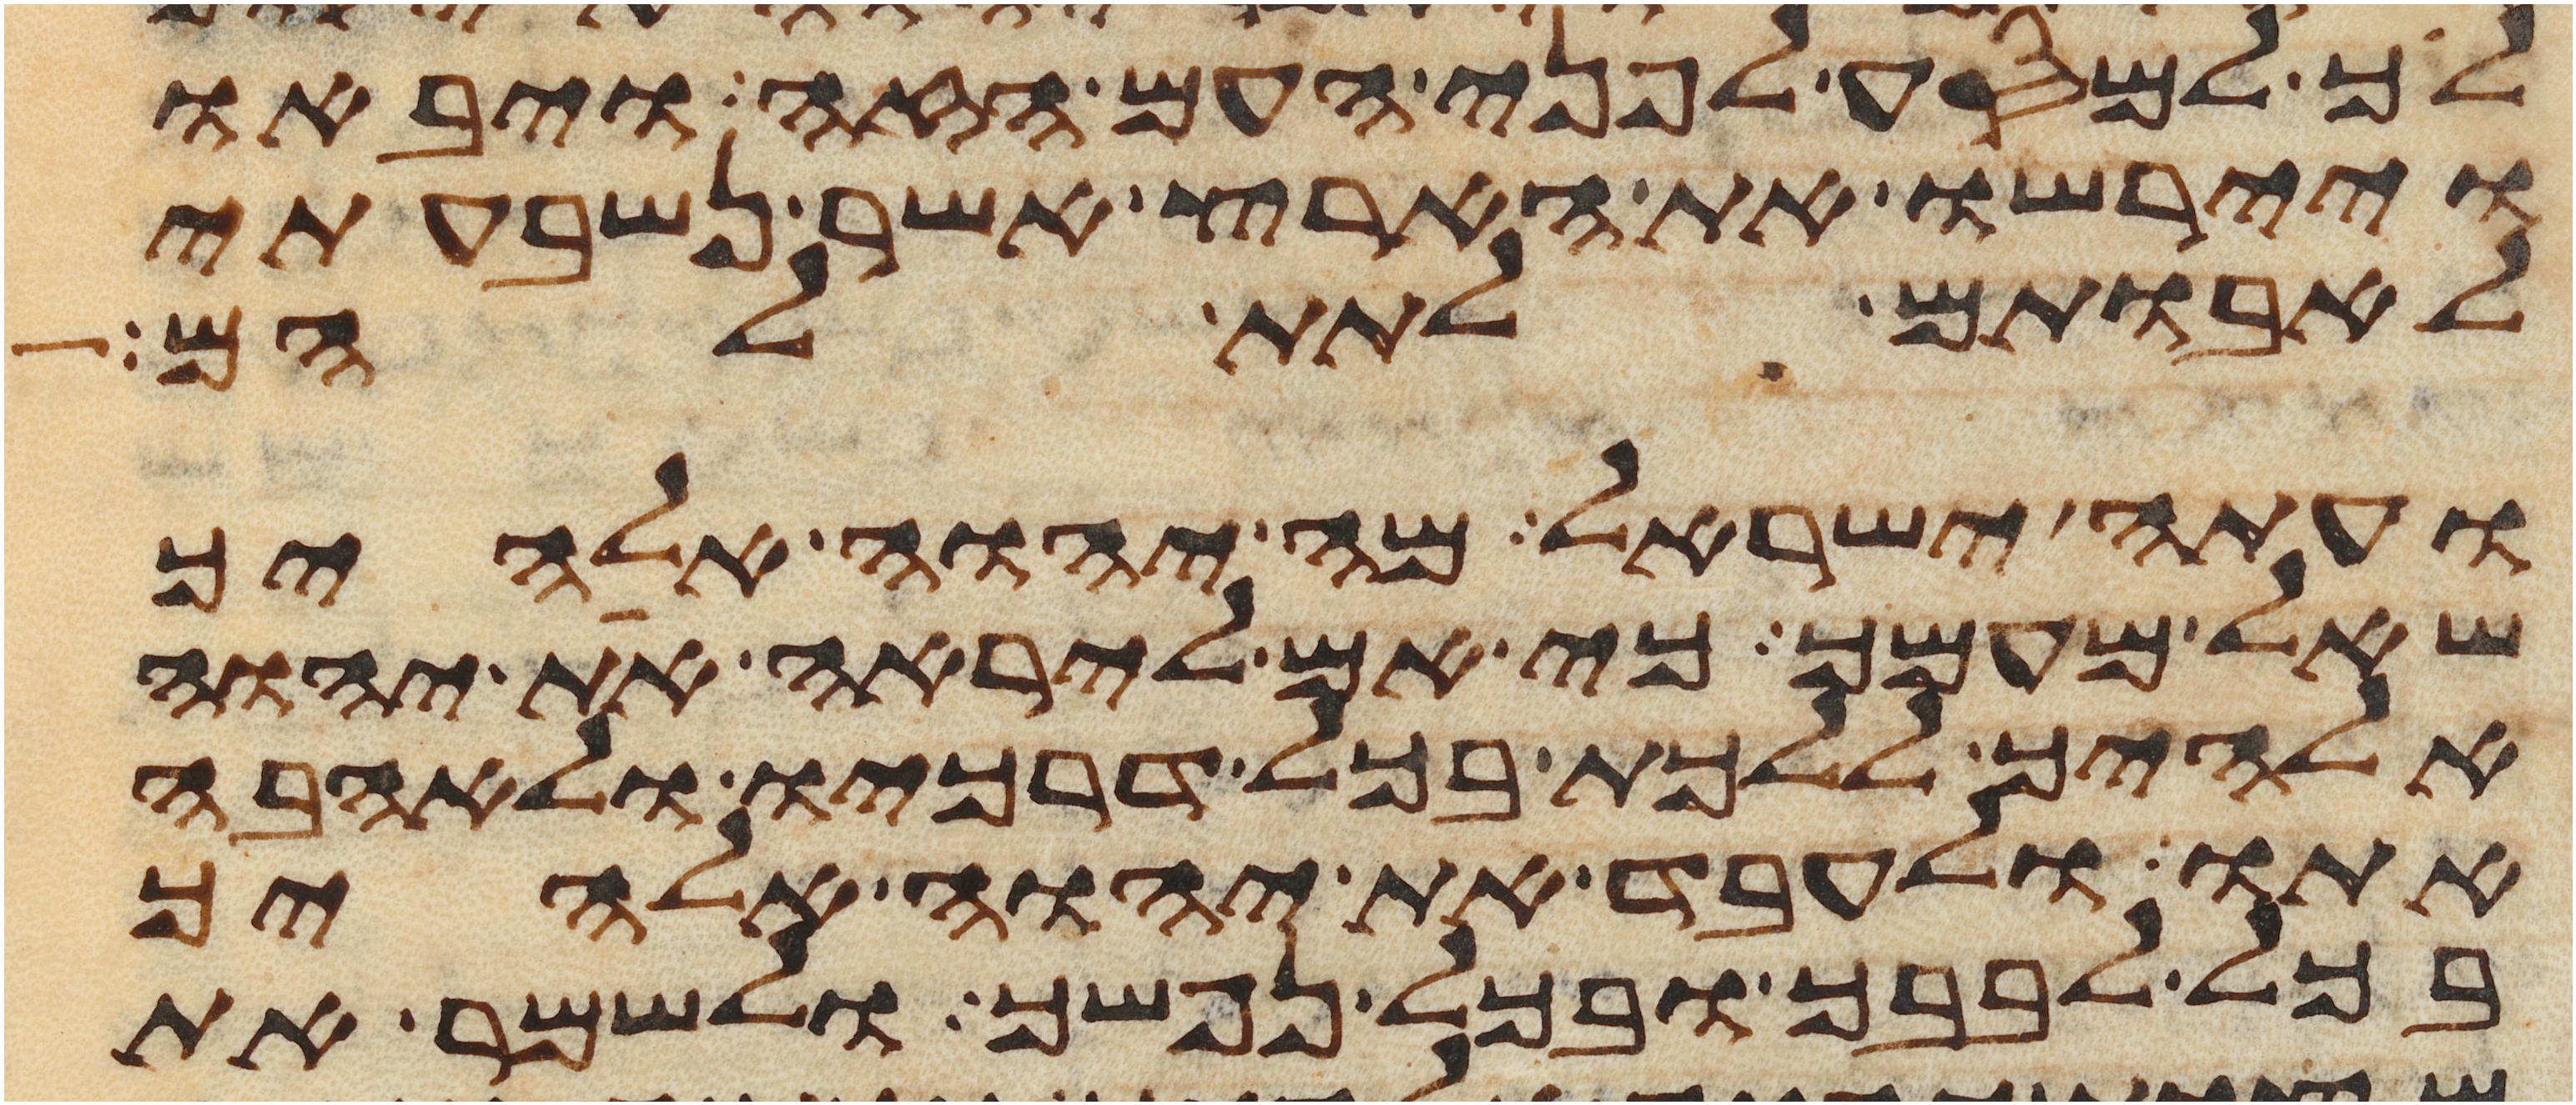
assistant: לך למסע לפני העם הזה ויבאו
ויירשו את הארץ אשר נשבעתי
לאבותם לתת להם
ועתה ישראל מה יהוה אלהיך
שאל מעמך כי אם ליראה את יהוה
אלהיך ללכת בכל דרכיו ולאהבה
אתו ולעבד את יהוה אלהיך
בכל לבבך ובכל נפשך ולשמר את